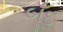
બૂઁદ